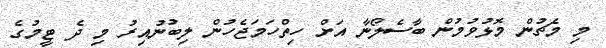
މި މެޗުން މޮޅުވުމުން ބާސެލޯނާ އަށް ހިތްހަމަޖެހުން ލިބުނުއިރު މި ދެ ޓީމުގެ